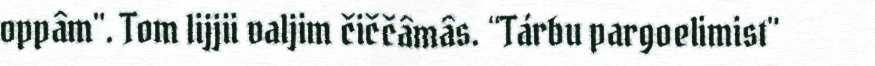
oppâm". Tom lijjii valjim čiččâmâs. “Tárbu pargoelimist"